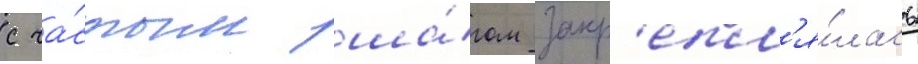
с ча́стым ша́гом закр'епл'я́лась